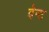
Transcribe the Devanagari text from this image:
वेन्ट